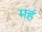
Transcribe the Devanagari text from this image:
महं